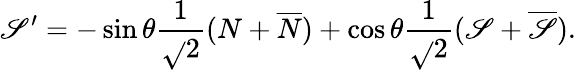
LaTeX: \mathscr{S}^{\prime}=-\sin\theta\frac{{1}}{{\sqrt{}{2}}}(N+\overline{{{N}}})+\cos\theta\frac{{1}}{{\sqrt{}{2}}}(\mathscr{S}+\overline{{{\mathscr{S}}}}).